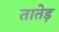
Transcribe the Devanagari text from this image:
तातेड़